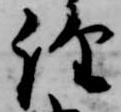
経